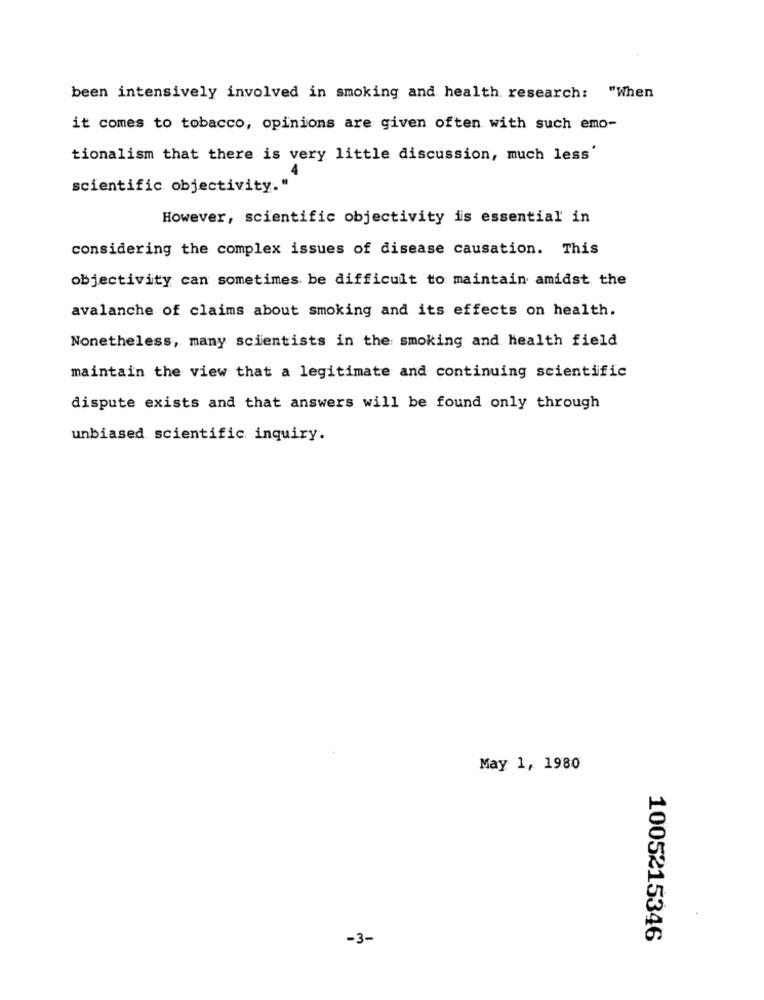
been intensively involved in smoking and health research: "When
it comes to tobacco, opinions are given often with such emo-
tionalism that there is very little discussion, much less'
scientific objectivity."
However, scientific objectivity is essential in
considering the complex issues of disease causation. This
objectivity can sometimes be difficult to maintain amidst the
avalanche of claims about smoking and its effects on health.
Nonetheless, many scientists in the smoking and health field
maintain the view that a legitimate and continuing scientific
dispute exists and that answers will be found only through
unbiased scientific inquiry.
May 1, 1980
.
-3-
1005215346